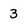
Character: 3